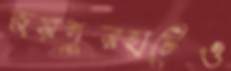
জয়পুরহাটেও